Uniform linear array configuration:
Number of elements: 8
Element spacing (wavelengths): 0.25
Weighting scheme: cosine
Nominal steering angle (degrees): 0
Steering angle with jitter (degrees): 0.6457
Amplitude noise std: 0.05
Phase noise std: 0.05

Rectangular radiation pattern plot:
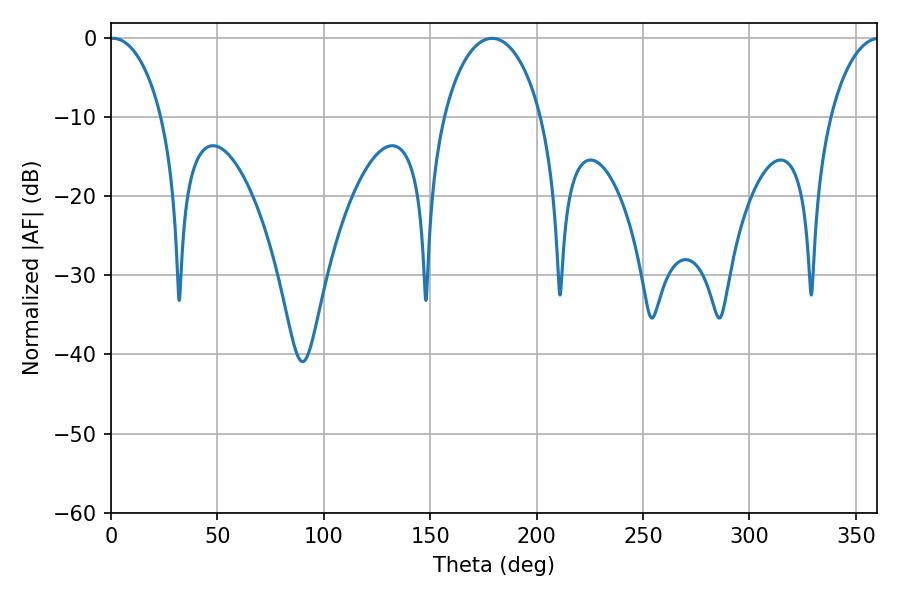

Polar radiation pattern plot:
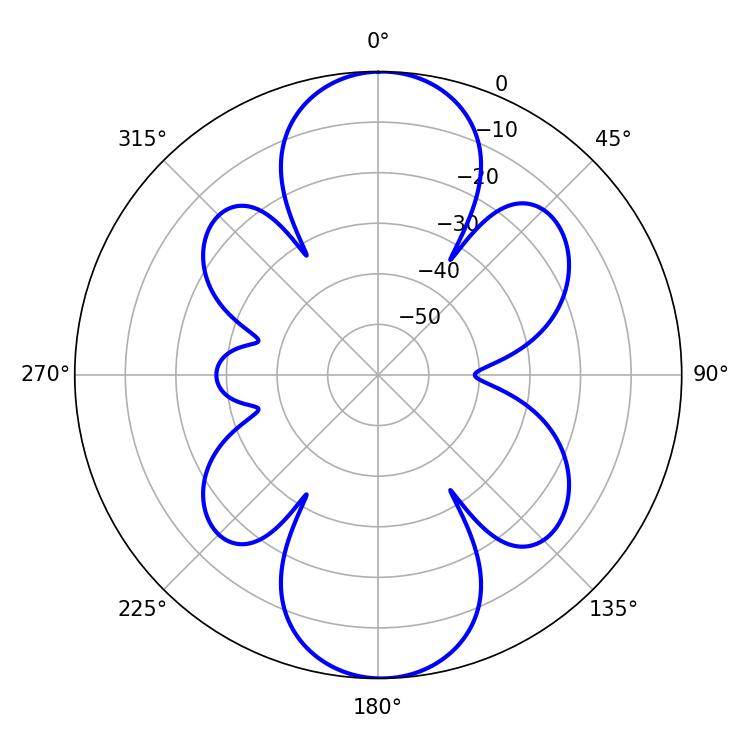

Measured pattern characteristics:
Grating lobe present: FALSE
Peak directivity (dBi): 19.004
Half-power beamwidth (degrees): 14.04
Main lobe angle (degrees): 0.9